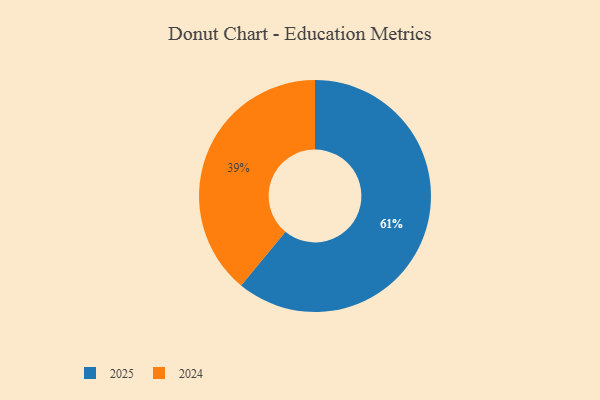
{"axis": {"x": "Category", "y": "Percentage"}, "legend": ["2024", "2025"], "data": [{"x": "2024", "y": 39, "type": "2024"}, {"x": "2025", "y": 61, "type": "2025"}]}